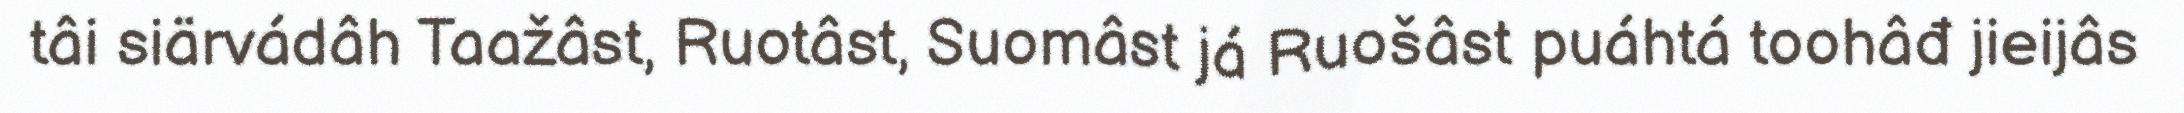
tâi siärvádâh Taažâst, Ruotâst, Suomâst já Ruošâst puáhtá toohâđ jieijâs